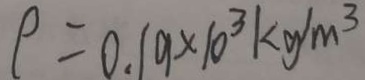
\rho = 0 . 1 9 \times 1 0 ^ { 3 } k g / m ^ { 3 }